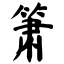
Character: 箫